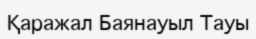
Қаражал Баянауыл Тауы